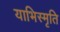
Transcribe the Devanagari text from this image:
याभिस्मृति